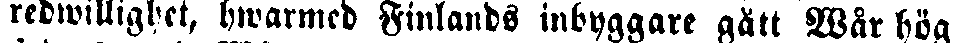
redwillighet, hwarmed Finlands inbyggare gått Wår hög